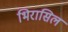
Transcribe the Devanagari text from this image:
भिरासिल